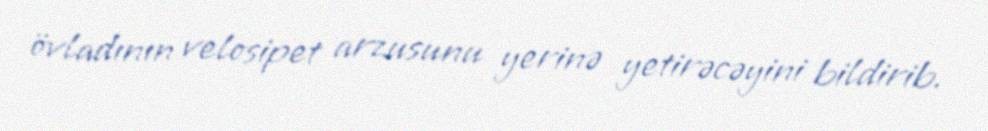
övladının velosipet arzusunu yerinə yetirəcəyini bildirib.